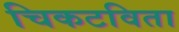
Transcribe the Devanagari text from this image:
चिकटविता